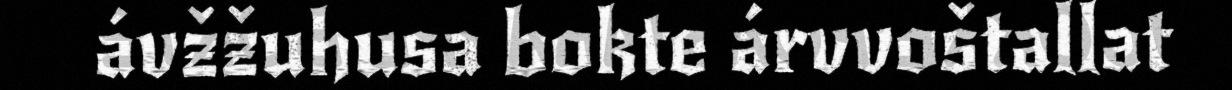
ávžžuhusa bokte árvvoštallat